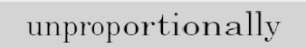
unproportionally